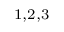
^ { 1 , 2 , 3 }